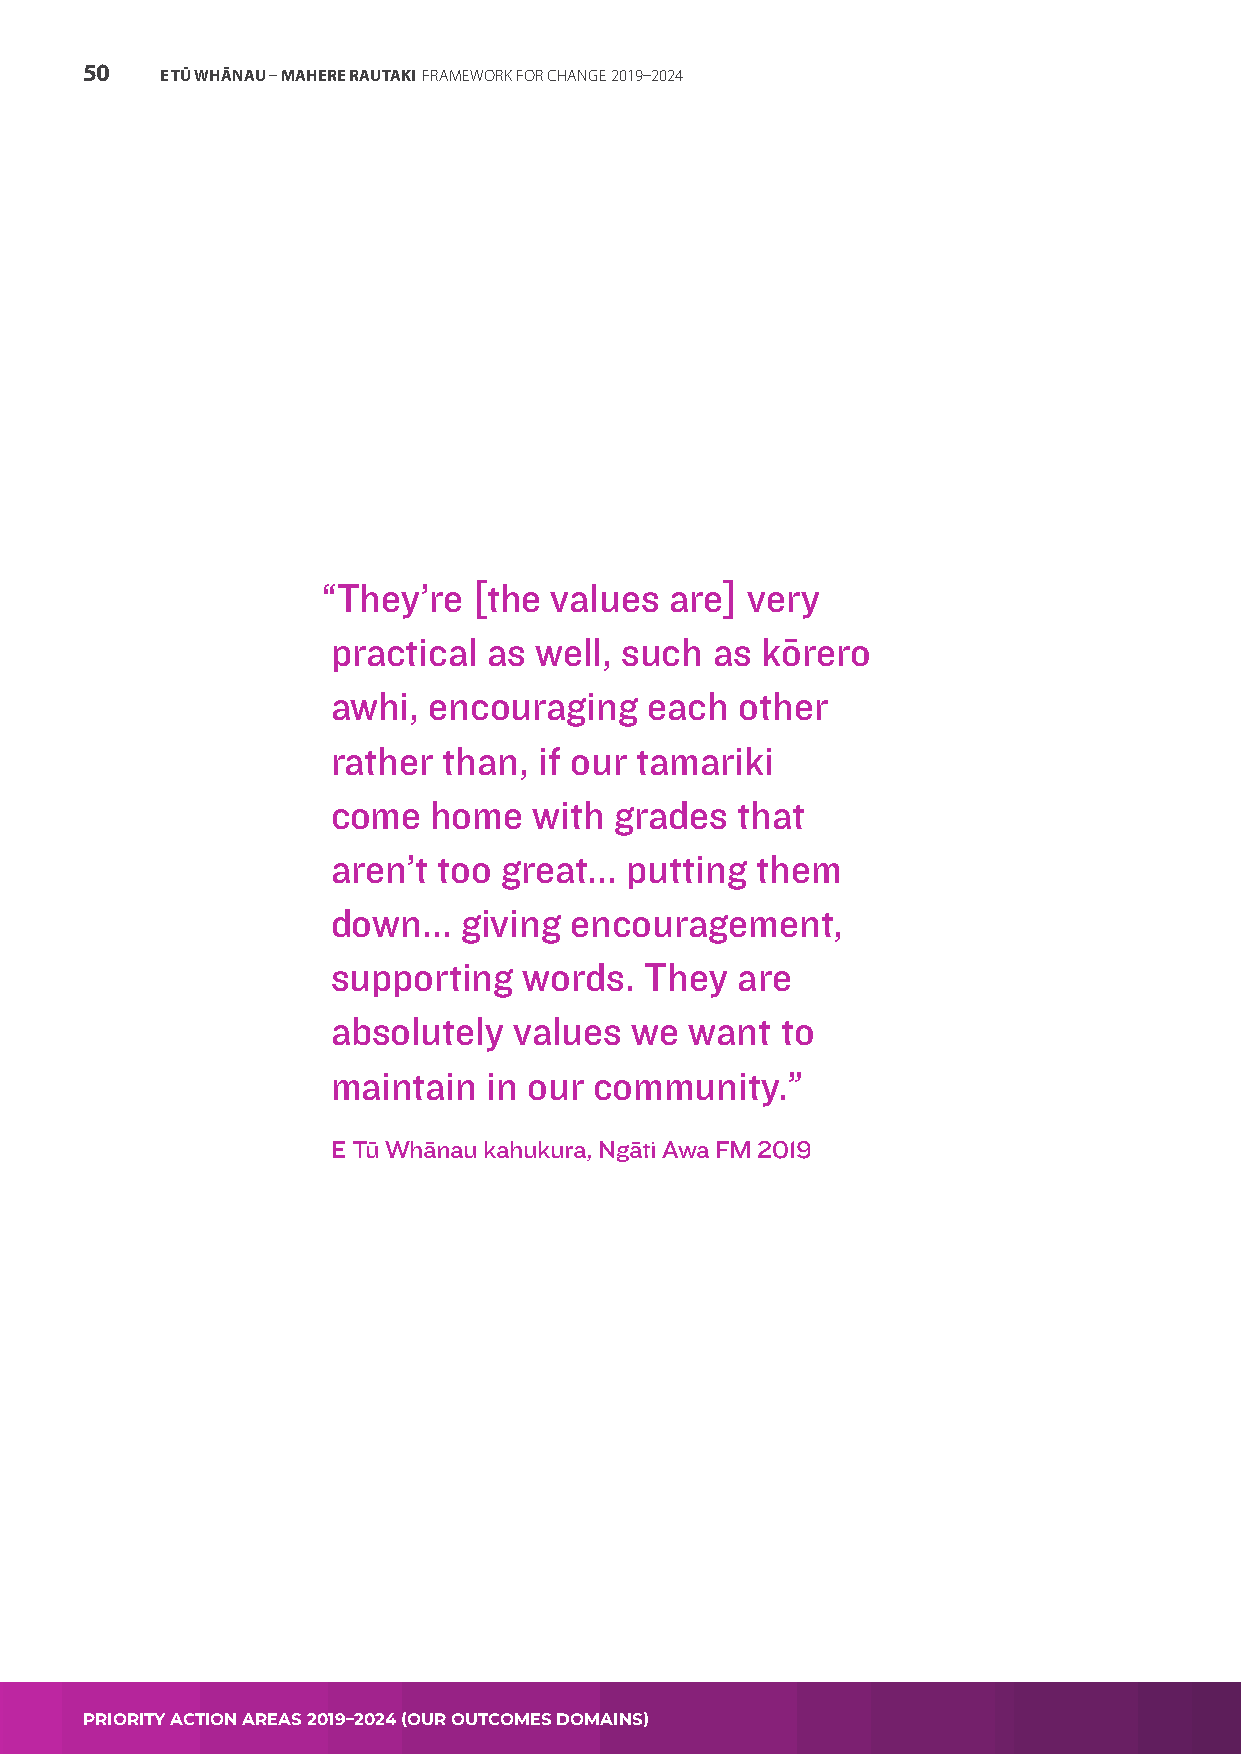
50    E TŪ WHĀNAU – MAHERE RAUTAKI FRAMEWORK FOR CHANGE 2019–2024
 “They’re  [the values  are] very
 practical as well, such  as kōrero
 awhi, encouraging    each  other
 rather than,  if our tamariki
 come   home  with  grades  that
 aren’t too great... putting them
 down...  giving encouragement,
 supporting   words.  They  are
 absolutely  values  we  want  to
 maintain  in our community.”
 E Tū Whānau kahukura, Ngāti Awa FM 2019
 PRIORITY ACTION AREAS 2019–2024 (OUR OUTCOMES DOMAINS)